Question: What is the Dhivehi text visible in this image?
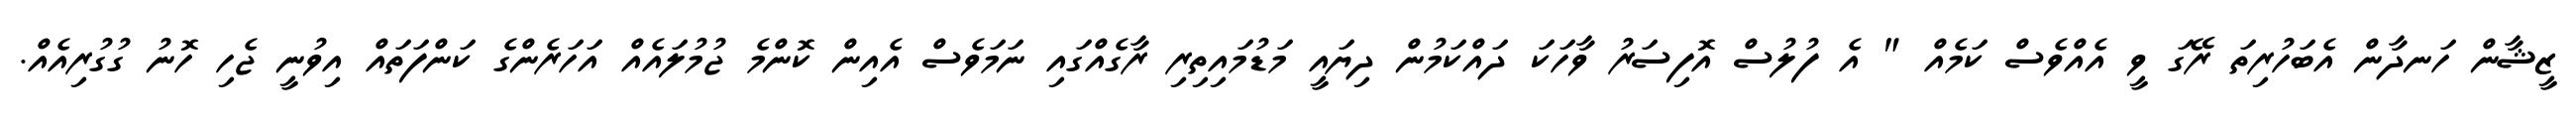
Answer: ޒީޝާން ހަނދާން އެބަހުރިތަ ރޭގަ ވީ އެއްވެސް ކަމެއް " އެ ފުލުސް އޮފިސަރު ވާހަކަ ދައްކަމުން ދިޔައީ މަޑުމައިތިރި ރާގެއްގައި ނަމަވެސް އެއިން ކޮންމެ ޖުމުލައެއް އަހަރެންގެ ކަންފަތައް އިވުނީ ޖެހި ހޮނު ގުގުރިއެއް.